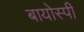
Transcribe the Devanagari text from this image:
बायोस्पी